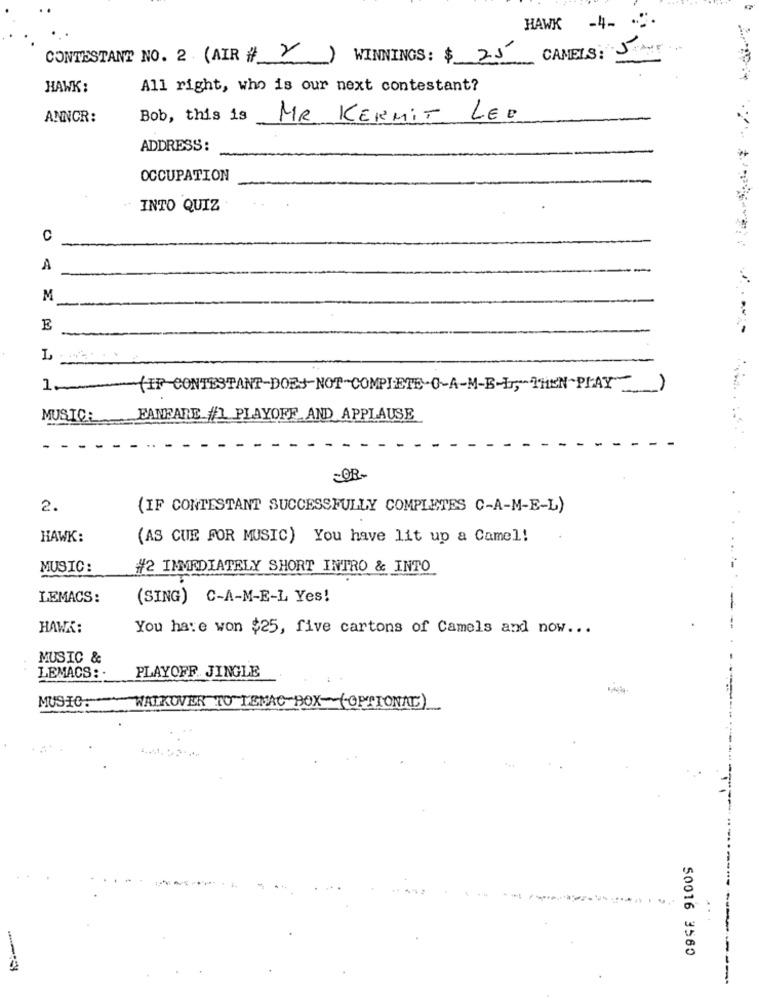
HAWK -4-
CONTESTANT NO. 2 (AIR # Y)
WINNINGS: $ 25
CAMELS:
HAWK:
All right, who is our next contestant?
ANNCR:
Bob, this is
MR KERMIT LEE
ADDRESS :
OCCUPATION
- INTO QUIZ
C
A
M
.
E
LY
1-
(IP-CONTESTANT-DOES NOT COMPLETE-0-A-M-B-Lr, THEN -PLAY
MUSICE
FANFARE /1 PLAYOFF AND APPLAUSE
~OR
2.
(IF CONTESTANT SUCCESSFULLY COMPLETES C-A-M-E-L)
HAWK:
(AS CUE FOR MUSIC) You have lit up a Camel!
MUSIC:
#2 IMMEDIATELY SHORT INTRO & INTO
LEMACS:
(SING) C-A-M-E-L Yes!
HAWK:
You have won $25, five cartons of Camels and now ...
MUSIC &
LEMACS: -
PLAYOFF JINGLE
MUSIC:
WALKOVER TO TEMAC-BOX-(OPTIONAL)
50016 3560